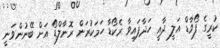
ކުރީގެ ފޯވާޑް އަލީ ދާއީ ހަދާފައިވާ ރެކޯޑާ ހަަމަކުރަން ރޮނާލްޑޯ އަށް ބޭނުންވަނީ